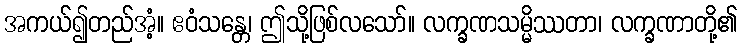
အကယ်၍တည်အံ့။ ဧဝံသန္တေ၊ ဤသို့ဖြစ်လသော်။ လက္ခဏသမ္မိဿတာ၊ လက္ခဏာတို့၏